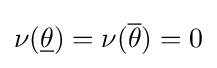
\nu ({\underline {\theta }})=\nu ({\overline {\theta }})=0